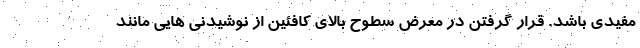
مفیدی باشد. قرار گرفتن در معرض سطوح بالای کافئین از نوشیدنی هایی مانند